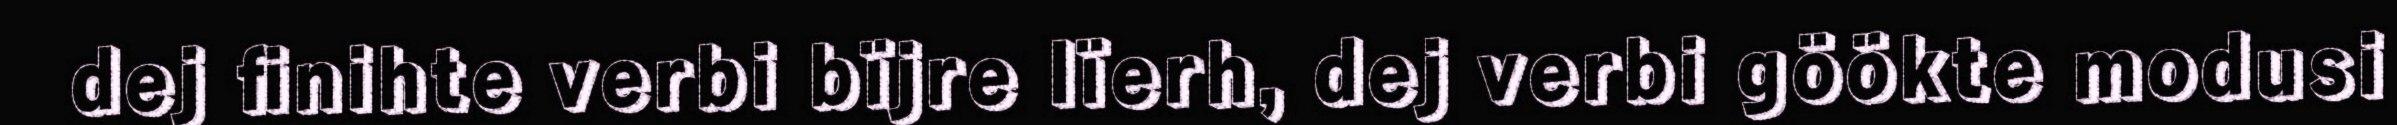
dej finihte verbi bïjre lïerh, dej verbi göökte modusi